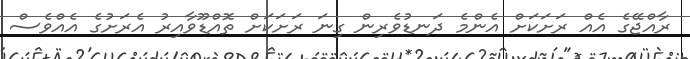
ރާއްޖޭގެ އެއް ރަށަކަށް އެންމެ ދަނޑުވެރިން ގިނަ ރަށަކަށް ތޮއްޑޫވާއިރު އެރަށުގެ އެއްވެސް